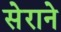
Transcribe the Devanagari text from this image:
सेराने